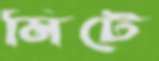
মিটে